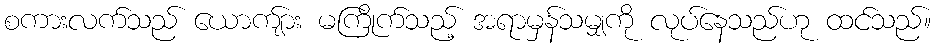
စကားလက်သည် ယောကျ်ား မကြိုက်သည့် အရာမှန်သမျှကို လုပ်နေသည်ဟု ထင်သည်။